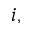
i ,